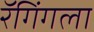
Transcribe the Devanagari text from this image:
रॅगिंगला